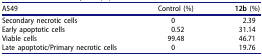
| A549 | Control (%) | 12b (%) |
 | --- | --- | --- |
 | Secondary necrotic cells | 0 | 2.39 |
 | Early apoptotic cells | 0.52 | 31.14 |
 | Viable cells | 99.48 | 46.71 |
 | Late apoptotic/Primary necrotic cells | 0 | 19.76 |